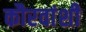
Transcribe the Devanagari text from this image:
कौरवांशी